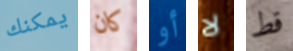
يمكنك كان أو لا قط